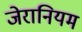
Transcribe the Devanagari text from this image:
जेरानियम